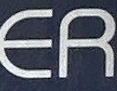
ER